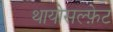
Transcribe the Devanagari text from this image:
थायोसल्फ़ेट